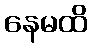
နေမထိ